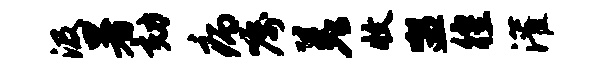
汲暑劾病嘱差收盥徨灌